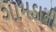
ગામડાની